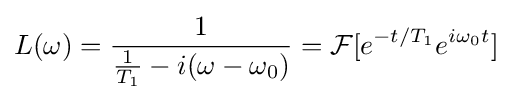
L(\omega )={\frac {1}{{\frac {1}{T_{1}}}-i(\omega -\omega _{0})}}={\mathcal {F}}[e^{-t/T_{1}}e^{i\omega _{0}t}]